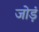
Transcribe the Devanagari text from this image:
जोड़ं